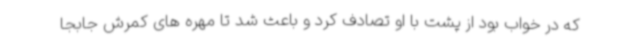
که در خواب بود از پشت با او تصادف کرد و باعث شد تا مهره های کمرش جابجا